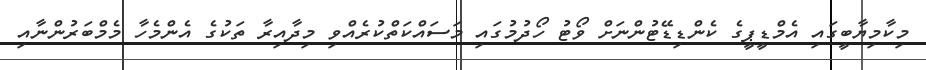
މިކާމިޔާބީގައި އެމްޑީޕީގެ ކެންޑިޑޭޓުންނަށް ވޯޓު ހޯދުމުގައި މަސައްކަތްކުރެއްވި މިދާއިރާ ތަކުގެ އެންމެހާ މެމްބަރުންނާއި